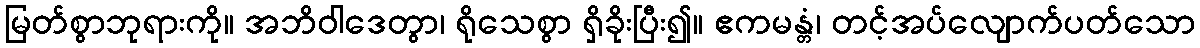
မြတ်စွာဘုရားကို။ အဘိဝါဒေတွာ၊ ရိုသေစွာ ရှိခိုးပြီး၍။ ဧကမန္တံ၊ တင့်အပ်လျောက်ပတ်သော